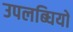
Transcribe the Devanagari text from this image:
उपलब्घियों